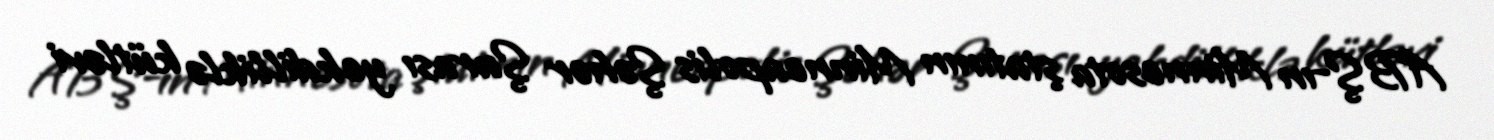
ABŞ-ın Minnesota ştatının Minneapolis Şəhər Şurası yekdilliklə kütləvi